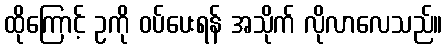
ထိုကြောင့် ဥကို ဝပ်ပေးရန် အသိုက် လိုလာလေသည်။